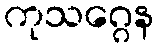
ကုသဂ္ဂေန